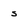
Character: s